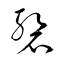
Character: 磛